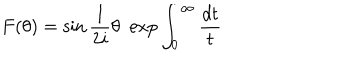
F ( \theta ) = \sin \frac { 1 } { 2 i } \theta \, \, \exp \int _ { 0 } ^ { \infty } \frac { d t } { t }